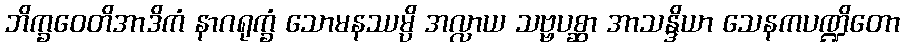
ဘိက္ခဝေတိအာဒိကံ နာဂရုက္ခံ သောမနဿမ္ပိ အလ္လာယ သဗ္ဗပစ္ဆာ အာသန္ဒိယာ သေနကပဏ္ဍိတော